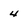
Character: 4